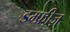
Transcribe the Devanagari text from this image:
डम्फ्रीज़